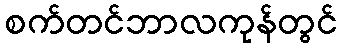
စက်တင်ဘာလကုန်တွင်